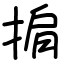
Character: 掮